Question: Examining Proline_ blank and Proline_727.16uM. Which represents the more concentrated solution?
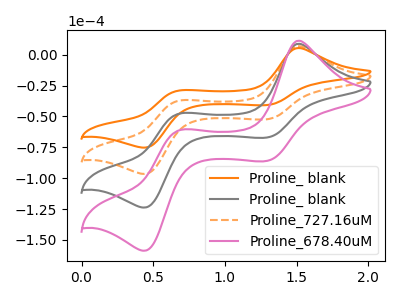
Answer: <think>The orange curve "Proline_ blank" has anodic peaks at (1.50V, 5.35uA) (0.70V, -29.05uA) and cathodic peaks at (1.30V, -40.80uA) (0.45V, -75.30uA). The gray curve "Proline_ blank" has anodic peaks at (1.50V, 13.75uA) (0.70V, -74.45uA) and cathodic peaks at (1.30V, -104.65uA) (0.45V, -193.10uA). The orange dashed curve "Proline_727.16uM" has anodic peaks at (1.50V, 6.90uA) (0.70V, -37.25uA) and cathodic peaks at (1.30V, -52.35uA) (0.45V, -96.55uA). The pink curve "Proline_678.40uM" has anodic peaks at (1.50V, 20.65uA) (0.70V, -111.70uA) and cathodic peaks at (1.30V, -157.00uA) (0.45V, -289.65uA).
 All the peaks in "Proline_ blank" have a peak in "Proline_727.16uM" at the same potential.</think>
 <answer>I cant tell if "Proline_ blank" or "Proline_727.16uM" has higher concentration.</answer>
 <eval>mixed_concentration</eval>